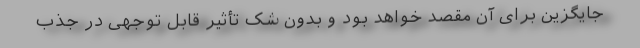
جایگزین برای آن مقصد خواهد بود و بدون شک تأثیر قابل‌ِ توجهی در جذب